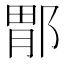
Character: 𫑤